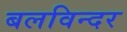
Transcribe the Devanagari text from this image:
बलविन्दर